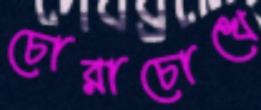
চোরাচোখে